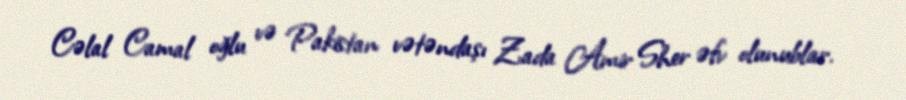
Cəlal Camal oğlu və Pakistan vətəndaşı Zada Amir Sher əfv olunublar.